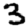
Digit: 3